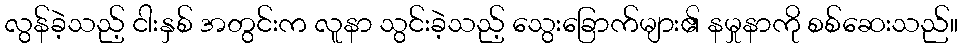
လွန်ခဲ့သည့် ငါးနှစ် အတွင်းက လူနာ သွင်းခဲ့သည့် သွေးခြောက်များ၏ နမှုနာကို စစ်ဆေးသည်။